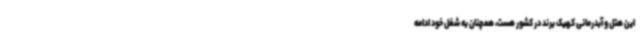
این هتل و آبدرمانی کهیک برند در کشور هست، همچنان به شغل خود ادامه